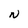
Character: N